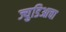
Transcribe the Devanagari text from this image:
ज्युडिआचा